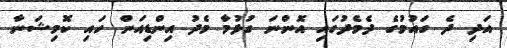
އަދި ދެ ގައުމުގެ ދެމެދުގައި އޮންނަ ގުޅުމާ މެދު އިންޑިއަން ހައި ކޮމިޝަނާ